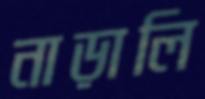
নাড়ালি